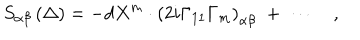
LaTeX: S _ { \alpha \beta } \left( \Delta \right) = - d X ^ { m } \cdot \left( 2 i \Gamma _ { 1 1 } \Gamma _ { m } \right) _ { \alpha \beta } \; + \; \cdots \quad ,